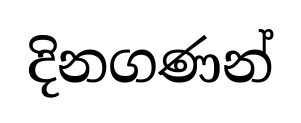
දිනගණන්